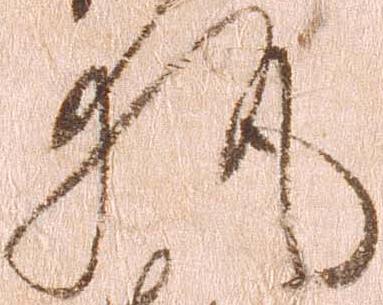
執